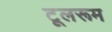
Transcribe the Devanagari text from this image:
टूलरूम